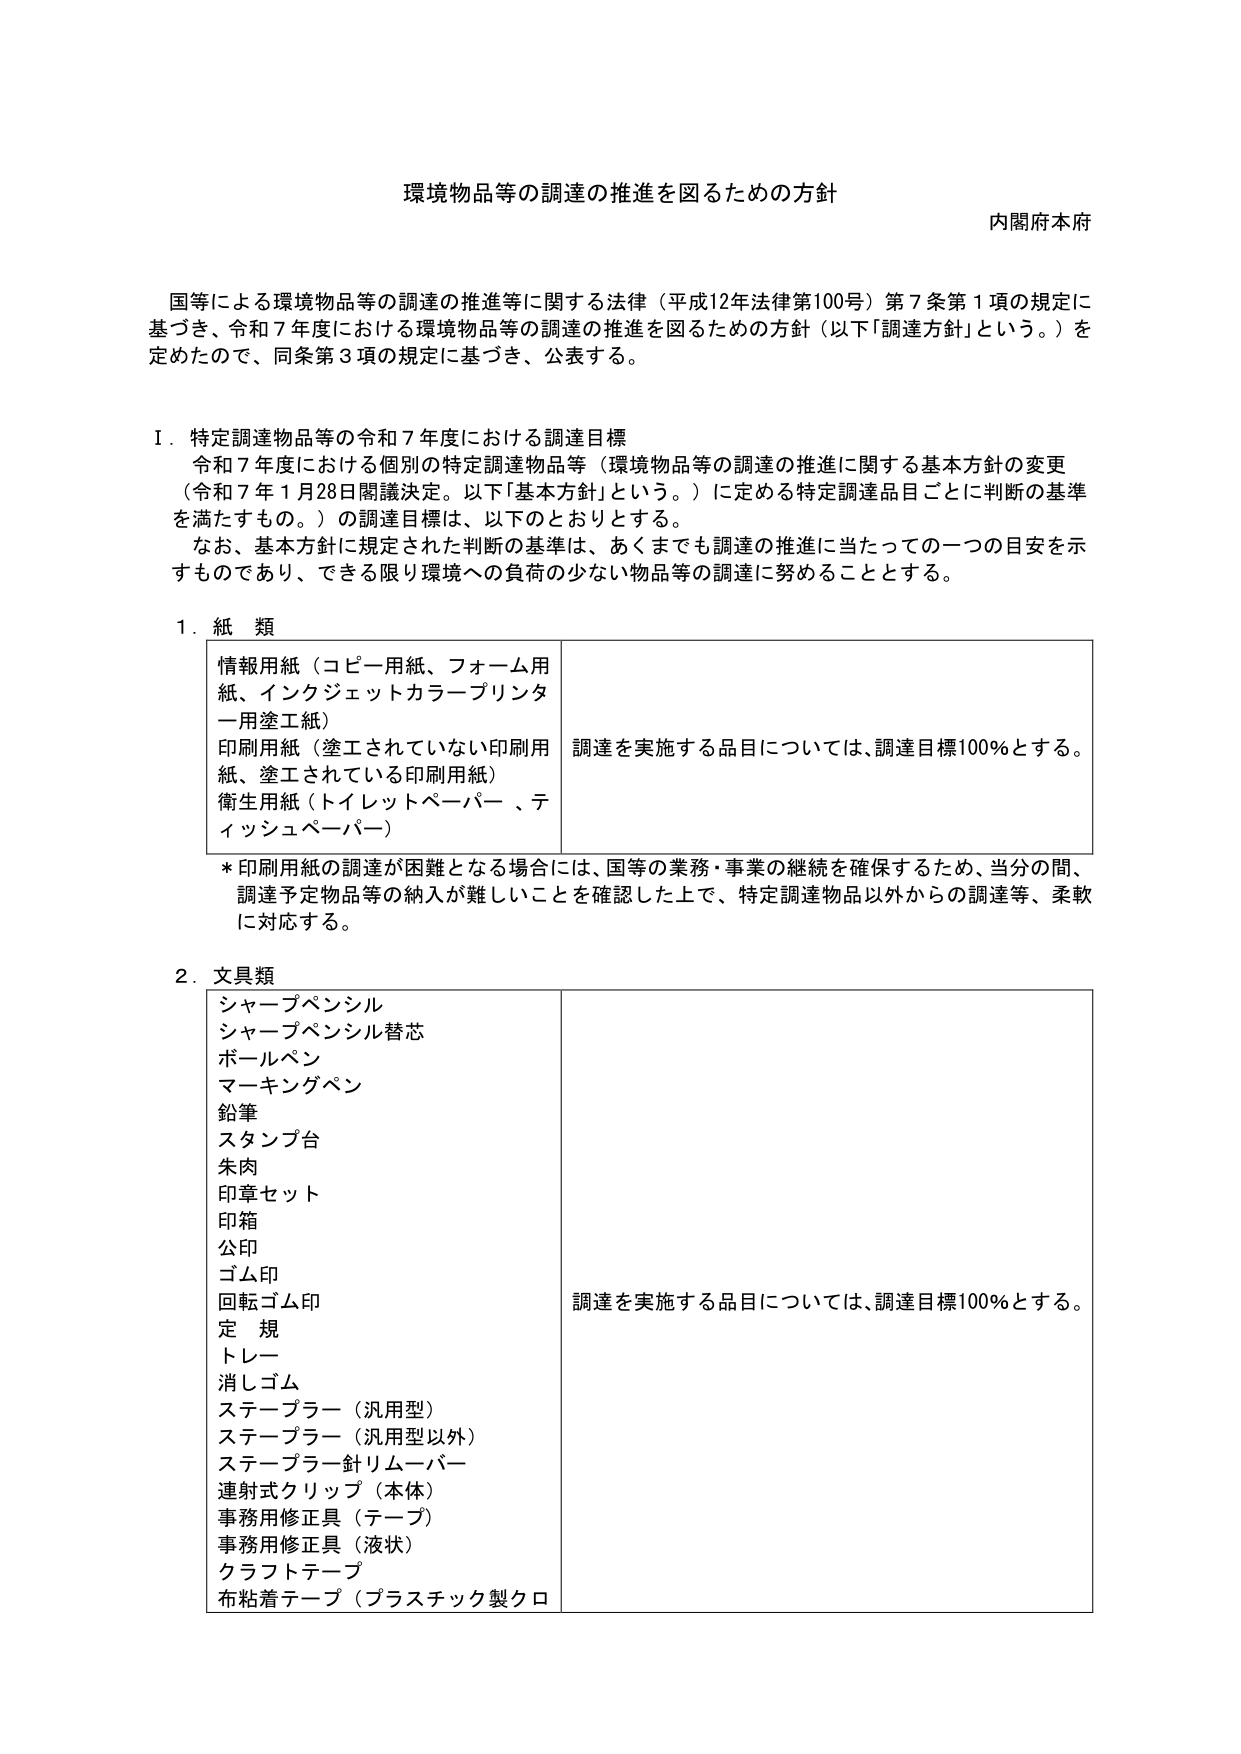
環境物品等の調達の推進を図るための方針
内閣府本府

国等による環境物品等の調達の推進等に関する法律（平成12年法律第100号）第7条第1項の規定に基づき、令和7年度における環境物品等の調達の推進を図るための方針（以下「調達方針」という。）を定めたので、同条第3項の規定に基づき、公表する。

Ⅰ．特定調達物品等の令和7年度における調達目標
令和7年度における個別の特定調達物品等（環境物品等の調達の推進に関する基本方針の変更（令和7年1月28日閣議決定。以下「基本方針」という。）に定める特定調達品目ごとに判断の基準を満たすもの。）の調達目標は、以下のとおりとする。
なお、基本方針に規定された判断の基準は、あくまでも調達の推進に当たっての一つの目安を示すものであり、できる限り環境への負荷の少ない物品等の調達に努めることとする。

1．紙類
情報用紙（コピー用紙、フォーム用紙、インクジェットカラープリンター用塗工紙）
印刷用紙（塗工されていない印刷用紙、塗工されている印刷用紙）
衛生用紙（トイレットペーパー、ティッシュペーパー）
調達を実施する品目については、調達目標100％とする。

*印刷用紙の調達が困難となる場合には、国等の業務・事業の継続を確保するため、当分の間、調達予定物品等の納入が難しいことを確認した上で、特定調達物品以外からの調達等、柔軟に対応する。

2．文具類
シャープペンシル
シャープペンシル替芯
ボールペン
マーキングペン
鉛筆
スタンプ台
朱肉
印章セット
印箱
公印
ゴム印
回転ゴム印
定規
トレー
消しゴム
ステープラー（汎用型）
ステープラー（汎用型以外）
ステープラー針リムーバー
連射式クリップ（本体）
事務用修正具（テープ）
事務用修正具（液状）
クラフトテープ
布粘着テープ（プラスチック製クロ
調達を実施する品目については、調達目標100％とする。